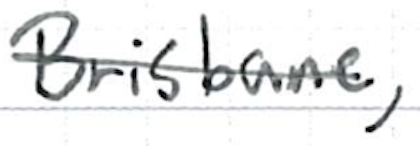
Text: Brisbane,
Cross-out: single-line
Writing tool: ballpoint